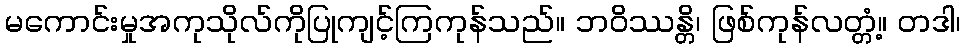
မကောင်းမှုအကုသိုလ်ကိုပြုကျင့်ကြကုန်သည်။ ဘဝိဿန္တိ၊ ဖြစ်ကုန်လတ္တံ့။ တဒါ၊